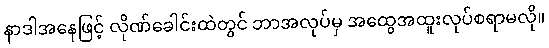
နာဒါအနေဖြင့် လိုဏ်ခေါင်းထဲတွင် ဘာအလုပ်မှ အထွေအထူးလုပ်စရာမလို။